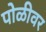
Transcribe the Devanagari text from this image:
पोळीवर